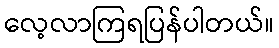
လေ့လာကြရပြန်ပါတယ်။